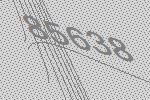
85638